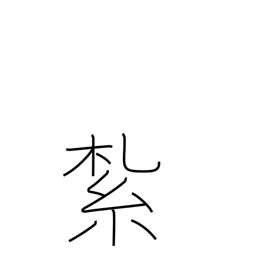
Meaning: tie up